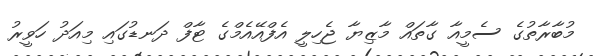
މުބާރާތުގެ ސެމީއާ ގާތައް މާޒިޔާ ޖެހިލީ އެފްއޭއެމްގެ ޓާފް ދަނޑުގައި މިއަދު ހަވީރު